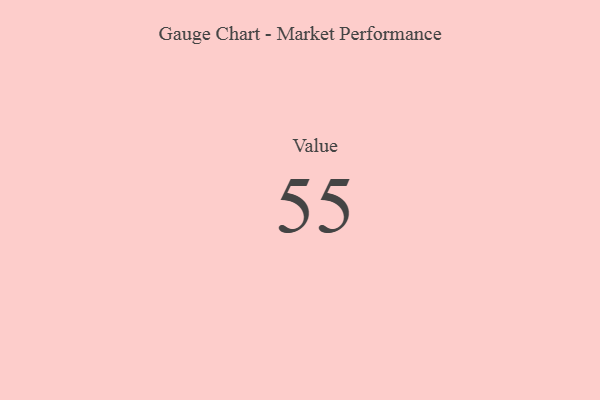
{"axis": {"x": "Metric", "y": "Value"}, "legend": [""], "data": [{"x": "Value", "y": 55, "type": ""}]}